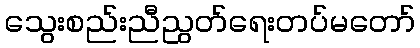
သွေးစည်းညီညွတ်ရေးတပ်မတော်